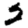
Digit: 2